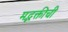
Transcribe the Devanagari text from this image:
मद्भक्तीची